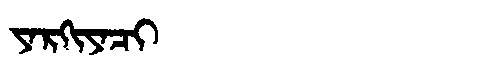
Manchu: ᠶᠠᡵᡴᡳᠶᠠᠴᡳ
Romanization: YARKIYACI